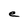
Character: e